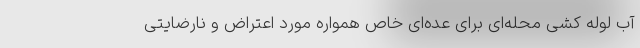
آب لوله کشی محله‌ای برای عده‌ای خاص همواره مورد اعتراض و نارضایتی